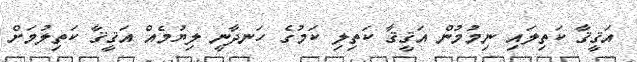
އަޤީޤާ ކަތިލައި ނިމުމުން އަޤީޤާ ކަތިލި ކަމުގެ ހަނދާނީ ލިޔުމެއް އަޤީޤާ ކަތިލުމަށް